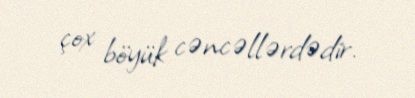
çox böyük cəncəllərdədir.